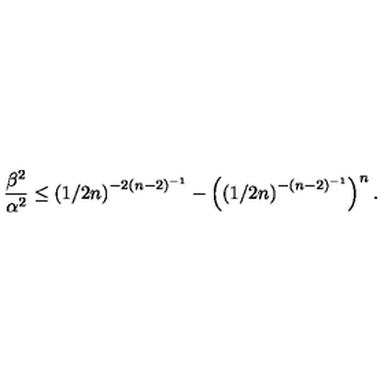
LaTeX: \frac { \beta ^ { 2 } } { \alpha ^ { 2 } } \le \left( 1 / 2 n \right) ^ { - 2 \left( n - 2 \right) ^ { - 1 } } - \left( \left( 1 / 2 n \right) ^ { - \left( n - 2 \right) ^ { - 1 } } \right) ^ { n } .